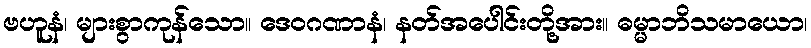
ဗဟူနံ၊ များစွာကုန်သော။ ဒေဝဂဏာနံ၊ နတ်အပေါင်းတို့အား။ ဓမ္မာဘိသမာယော၊